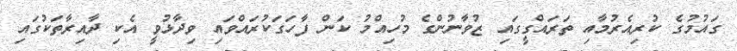
ގައުމުގެ ކުރިއެރުމާއި ތަރައްގީގައި ޒުވާނުންގެ މުހިއްމު ކަން ފާހަގަކުރައްވައި ވިދާޅުވީ އެކި ދާއިރާތަކުގައި